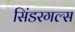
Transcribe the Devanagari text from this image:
सिंडरगल्स